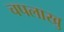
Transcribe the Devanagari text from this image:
चपलाखु